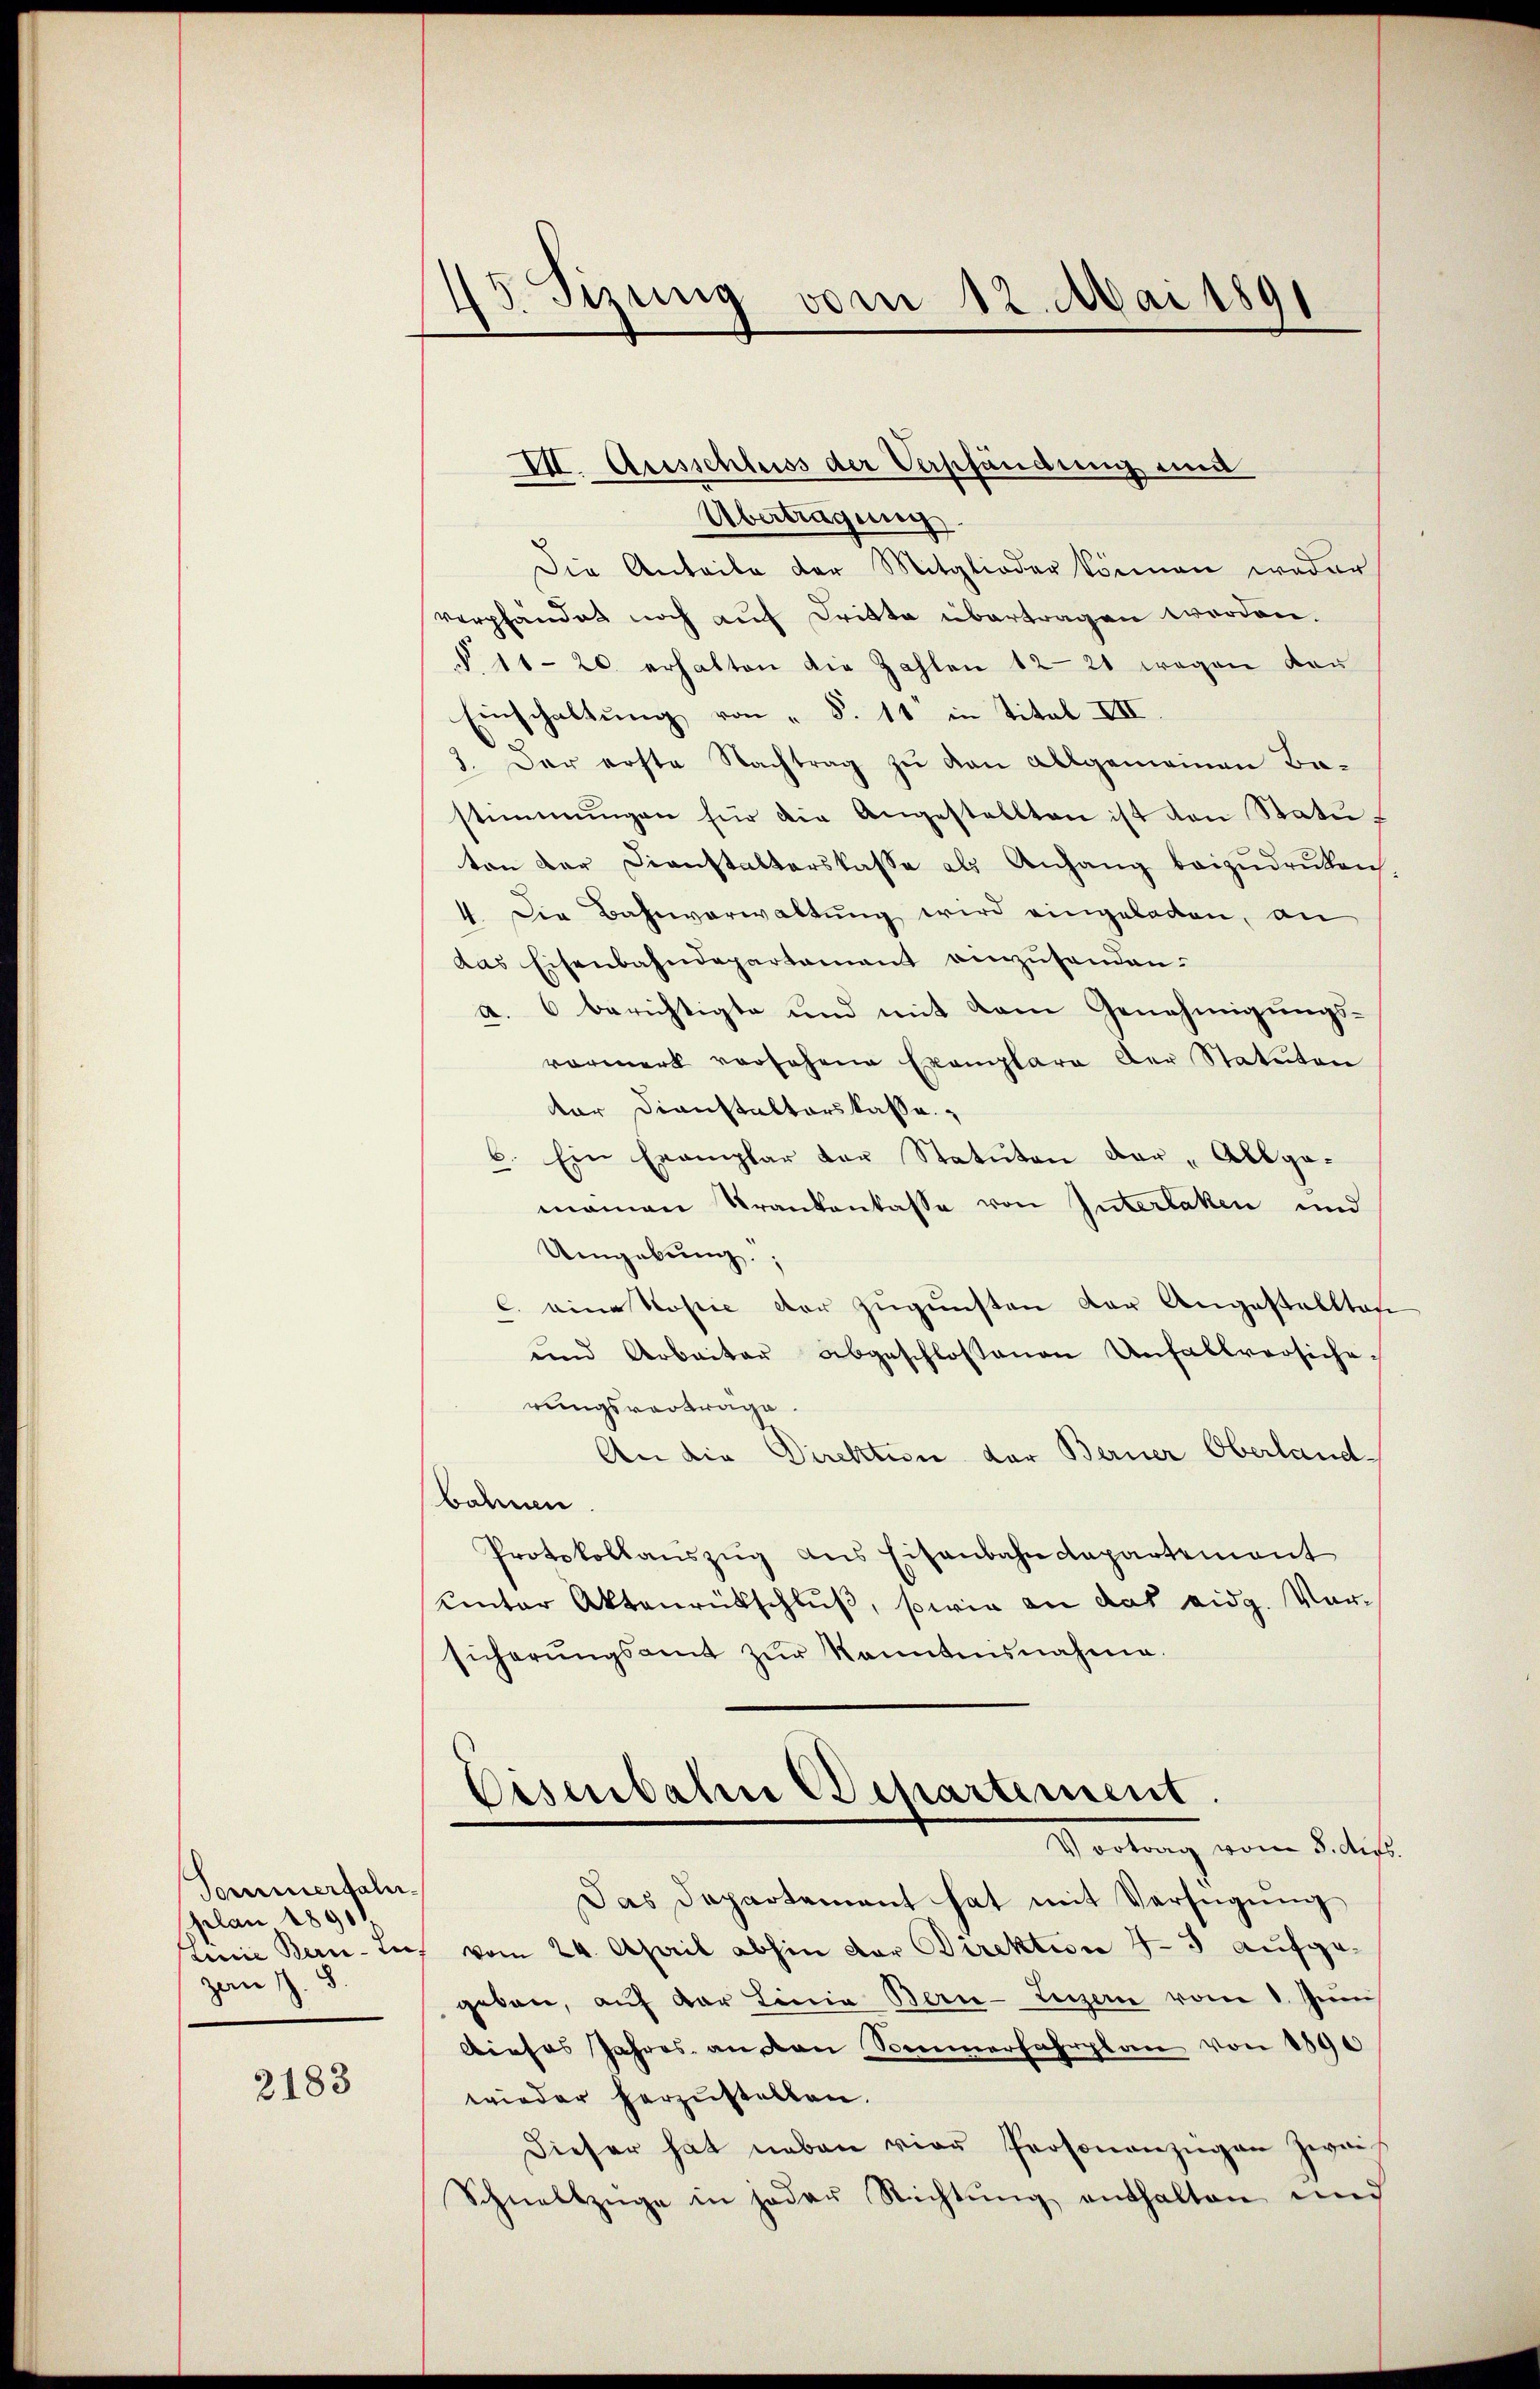
Sommertaliplan 1890
Unie Bern. Le
zan J. S.

2183

43. Tizung vom 12. Mai 1891

VII. Ausschluss der Verschändung und
Übertragung
2
Die Anteile der Mitglieder können weder
verpfändet noch auf Dritte übertragen worden.
§. 11 - 20 erhalten die Zahlen 12-21 wegen von
Einschaltŭng von " S. 11 in Titel III
3. Der erste Nachtrag zŭ den allgemeinen Ba-
stimmungen für die Angestellten ist den Statŭ-
ton der Dienstalterskasse als Anhang beizudruken
.
Die Bahnverwaltung wird eingeladen, an
das Eisenbahndepartement einzŭsenden.
a. berichtigte und mit dem Genehmigungsvormerk vorsehene Exemplare der Statuton
ter Dienstalterskasse
6. Ein Exemplar der Statuten der „Allge-
manen Krankenkasse von Interlaken und
Umgebung.
C. eine Kopie der zugunsten der Angestellten
und Arbeiter abgeschlossenen Unfallversiche-
rungsvortrage.
An die Direktion der Berner Oberlandbahnen
Protokollauszug aus Eisenbahn Capartement
uinter Aktenrückschluß, sowie an das eidg. Vorsicherŭngsamt zŭr Kenntnisnahme.
Eisenbahn Departement
Vortrag vom 8. Aus
Das Departement hat mit Verfügung
 vom 24. April abhin der Direktion 4-5 aufgegeben, aŭf der Linia Bern-Luzern vom 1. Juni
Dieses Jahres an den Sommerfahrplan von 1890
wieder herzustellen.
Dieser hat neben vier Personanzigen Zweif
Schnellzüge in jeder Richtŭng enthalten und